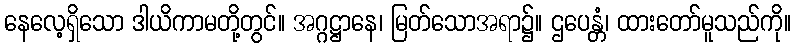
နေလေ့ရှိသော ဒါယိကာမတို့တွင်။ အဂ္ဂဋ္ဌာနေ၊ မြတ်သောအရာ၌။ ဌပေန္တံ၊ ထားတော်မူသည်ကို။